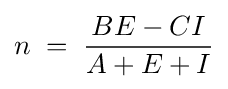
n\;=\;{BE-CI \over A+E+I}